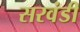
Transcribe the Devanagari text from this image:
सरवंडी